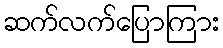
ဆက်လက်ပြောကြား